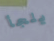
يلجأ